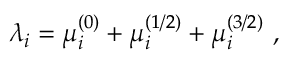
\lambda _ { i } = \mu _ { i } ^ { ( 0 ) } + \mu _ { i } ^ { ( 1 / 2 ) } + \mu _ { i } ^ { ( 3 / 2 ) } \ ,